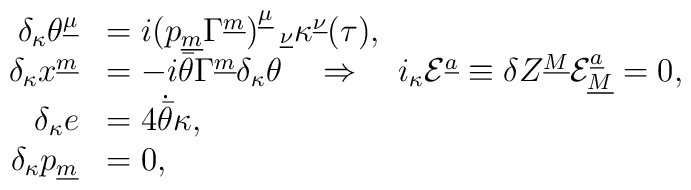
\begin{array}{rl}\delta_\kappa\theta^{\underline{\mu}}&=i(p_{\underline m}\Gamma^{\underline m})^{\underline{\mu}}_{~~\underline{\nu}}\kappa^{\underline{\nu}}(\tau), \\\delta_\kappa x^{\underline{m}}&=-i\bar\theta\Gamma^{\underline{m}}\delta_\kappa\theta~~~\Rightarrow~~~i_\kappa {\cal E}^{\underline a}\equiv \delta Z^{\underline M}{\cal E}_{\underline M}^{\underline a}=0,\\\delta_\kappa e&=4\dot{\bar\theta}\kappa,\\\delta_\kappa p_{\underline m}&=0,\end{array}